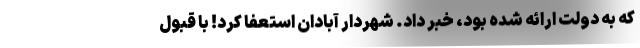
که به دولت ارائه شده بود، خبر داد. شهردار آبادان استعفا کرد! با قبول